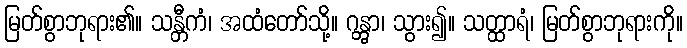
မြတ်စွာဘုရား၏။ သန္တီကံ၊ အထံတော်သို့။ ဂန္တွာ၊ သွား၍။ သတ္ထာရံ၊ မြတ်စွာဘုရားကို။